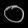
Digit: ၀